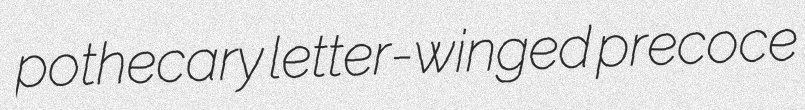
pothecary letter-winged precoce